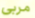
مربي